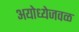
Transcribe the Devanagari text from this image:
अयोध्येजवळ